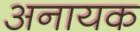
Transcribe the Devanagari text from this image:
अनायक